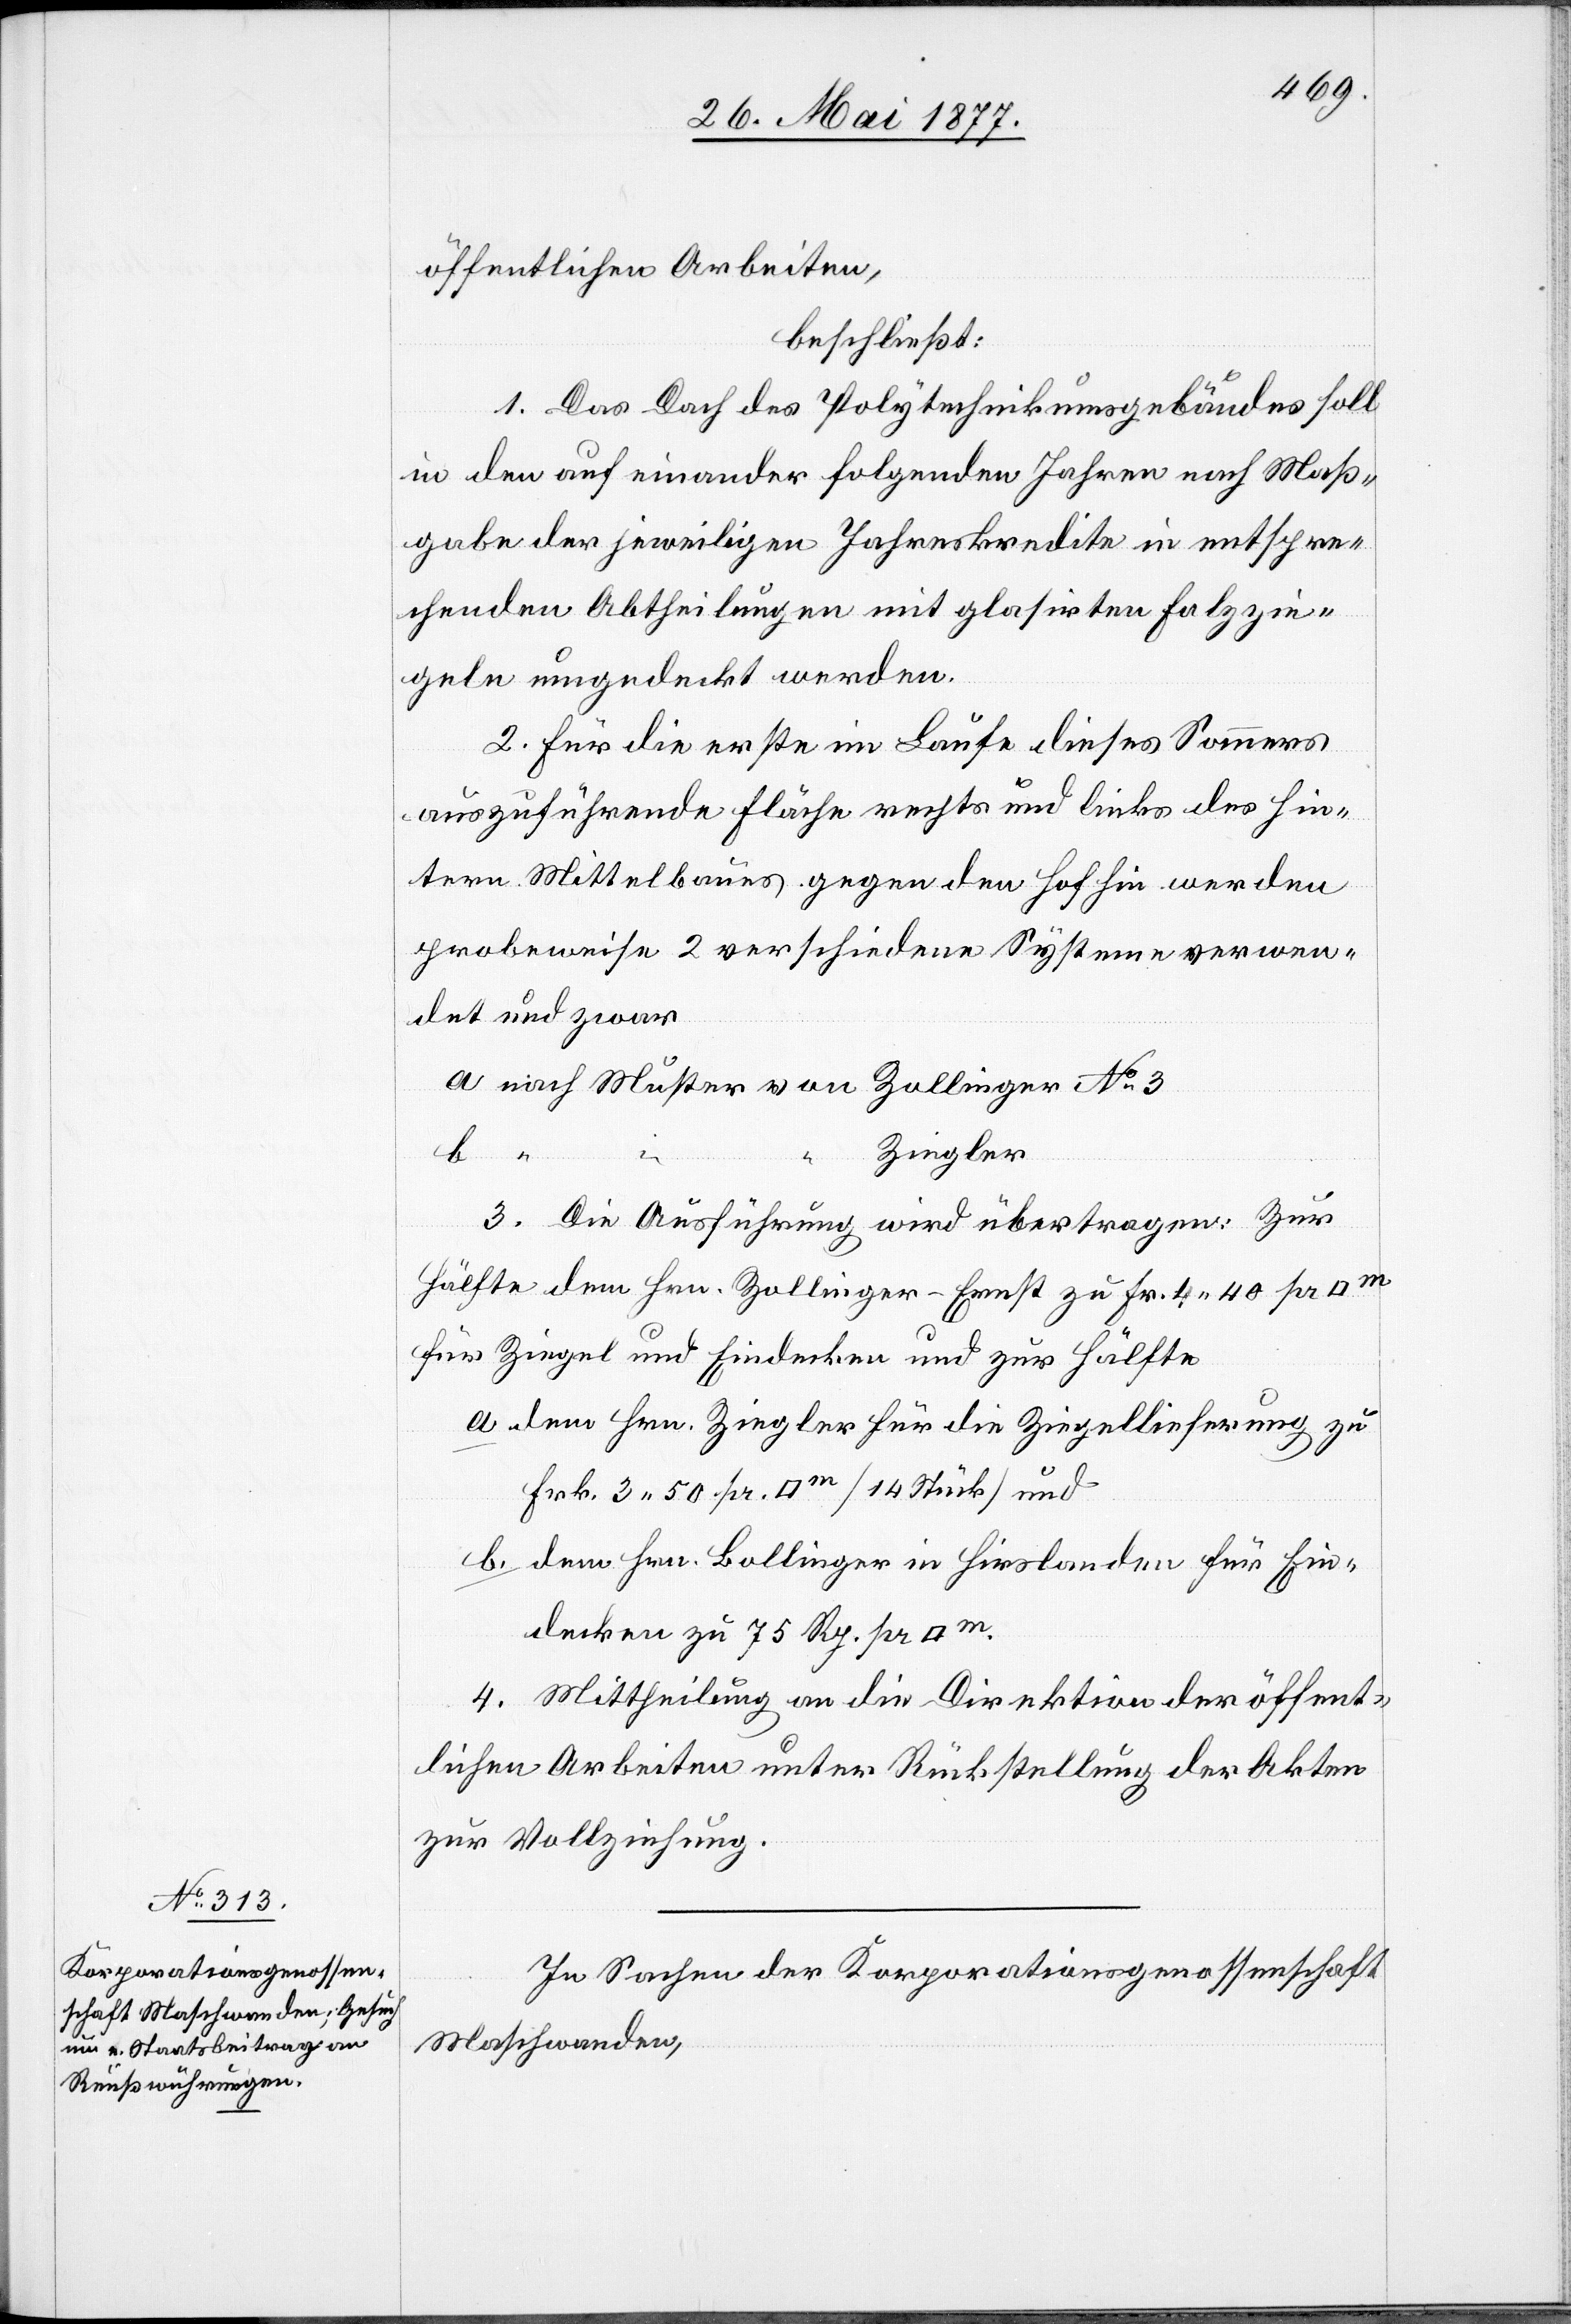
öffentlichen Arbeiten,
beschließt:
1. Das Dach des Polytechnikumsgebäudes soll
in den auf einander folgenden Jahren nach Maß¬
gabe der jeweiligen Jahreskredite in entspre¬
chenden Abtheilungen mit glasirten Falzzie¬
geln umgedeckt werden.
2. Für die erste im Laufe dieses Sommers
auszuführende Fläche rechts und links des hin¬
tern Mittelbaues gegen den Hof hin werden
probeweise 2 verschiedene Systeme verwen¬
det und zwar
a nach Muster von Zollinger No 3
b “
Ziegler.
3. Die Ausführung wird übertragen: Zur
Hälfte dem Hrn. Zollinger - Ernst zu Fr. 4 40 pr.
für Ziegel und Eindecken und zur Hälfte
a. dem Hrn. Ziegler für die Ziegellieferung zu
Frk. 3 50 pr. [Quadratmeter] [14 Stück] und
b. dem Hrn. Bollinger in Hirslanden für Ein¬
decken zu 75 Rp. pr.
4. Mittheilung an die Direktion der öffent¬
lichen Arbeiten unter Rückstellung der Akten
zur Vollziehung.
In Sachen der Korporationsgenossenschaft
Maschwanden,